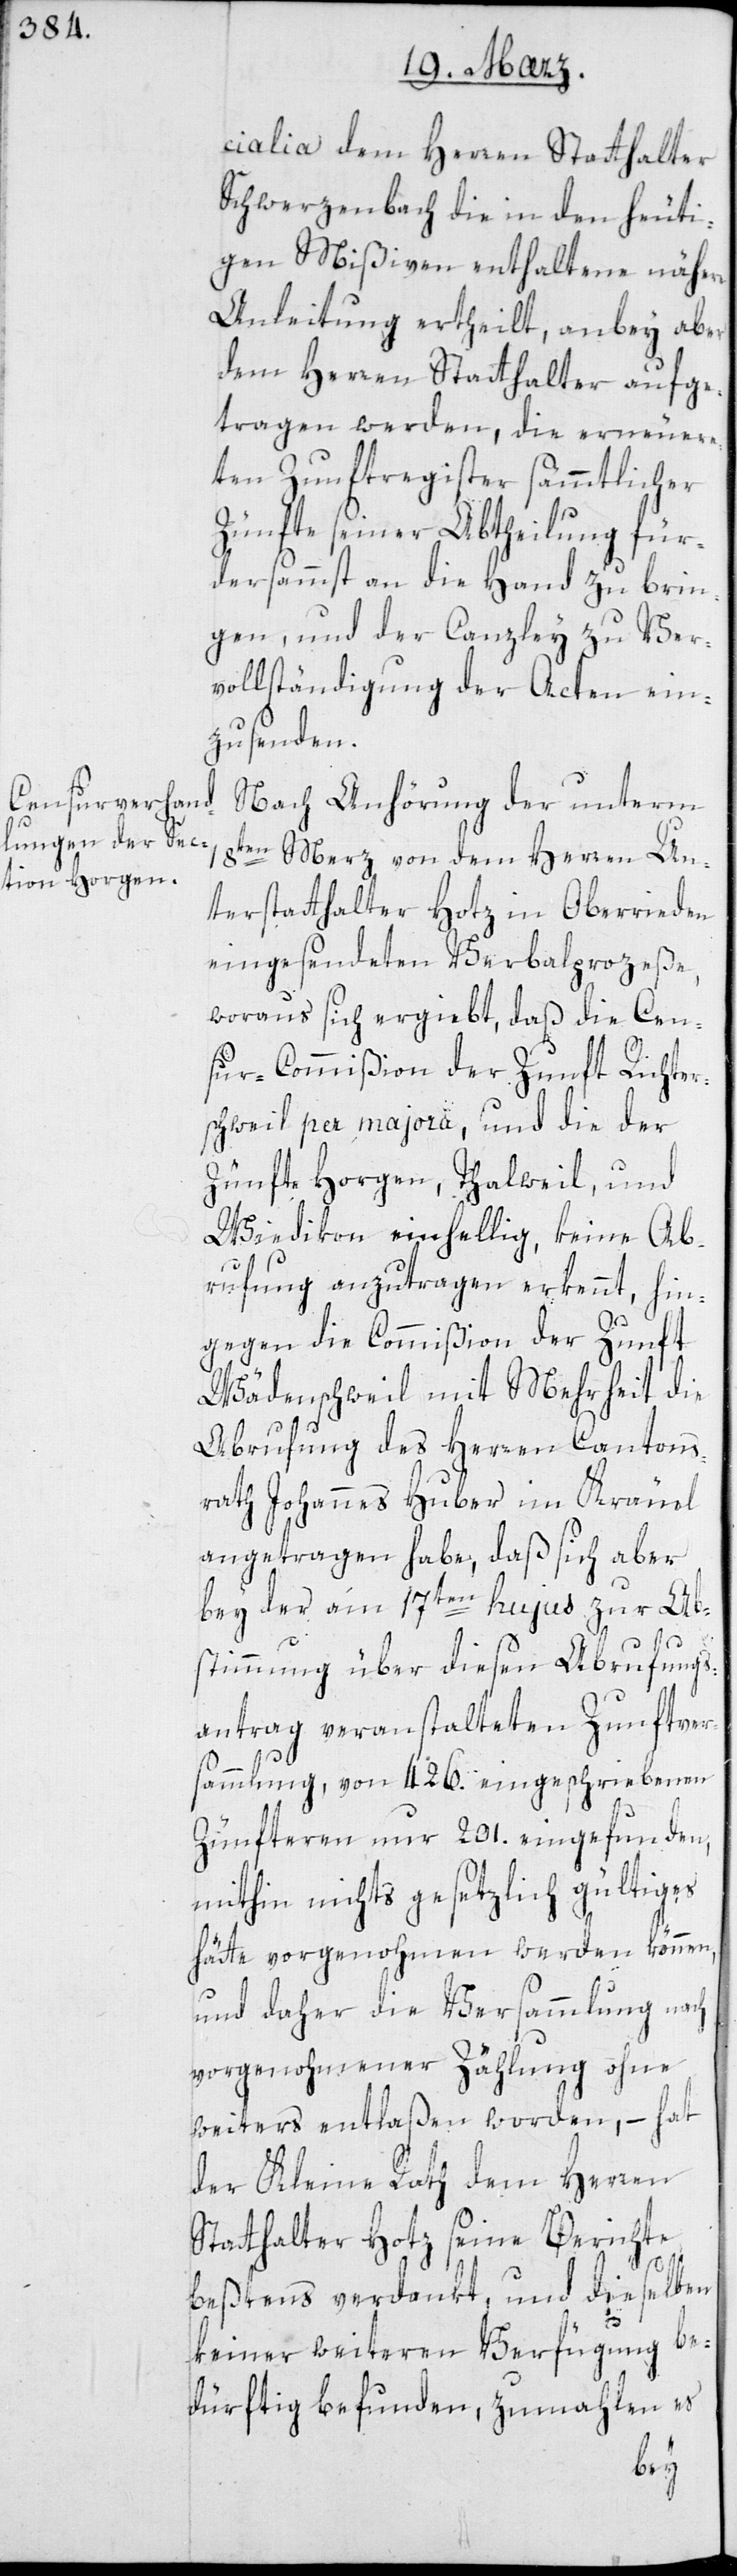
cialia dem Herren Statthalter
Schwerzenbach die in den heuti¬
gen Mißiven enthaltene nähere
Anleitung ertheilt, anbei aber
dem Herren Statthalter aufge¬
tragen werden, die erneuer¬
ten Zunftregister sämmtlicher
Zünfte seiner Abtheilung für¬
dersamst an die Hand zu brin¬
gen und der Canzley zu Ver¬
vollständigung der Acten ein¬
zusenden.
Nach Anhörung der unterm
18ten Merz von dem Herren Un¬
terstatthalter Hotz in Oberrieden
eingesendeten Verbalprozeße,
woraus sich ergiebt, daß die Cen¬
sur-Commißion der Zunft Richter¬
schweil per majora, und die der
Zünfte Horgen, Thalweil und
Wiedikon einhellig, keine Ab¬
rufung anzutragen erkennt, hin¬
gegen die Commißion der Zunft
Wädenschweil mit Mehrheit die
Abrufung des Herren Cantons¬
rath Johannes Huber im Kräuel
angetragen habe, daß sich aber
bey der am 17ten hujus zur Ab¬
stimmung über diesen Abrufungs¬
antrag veranstalteten Zunftver¬
sammlung, von 426. eingeschriebenen
Zünfteren nur 201. eingefunden,
mithin nichts gesetzlich gültiges
hätte vorgenohmen werden können,
und daher die Versammlung nach
vorgenohmener Zählung ohne
weiters entlaßen worden, – hat
der Kleine Rath dem Herren
Statthalter Hotz seine Berichte
beßtens verdankt, und dieselben
keiner weiteren Verfügung be¬
dürftig befunden, zumahlen es